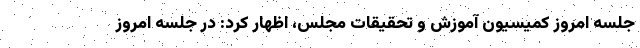
جلسه امروز کمیسیون آموزش و تحقیقات مجلس، اظهار کرد: در جلسه امروز